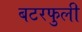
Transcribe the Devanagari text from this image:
बटरफुली